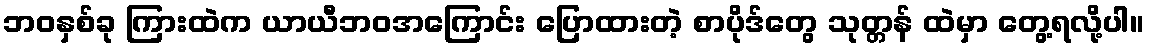
ဘဝနှစ်ခု ကြားထဲက ယာယီဘဝအကြောင်း ပြောထားတဲ့ စာပိုဒ်တွေ သုတ္တန် ထဲမှာ တွေ့ရလို့ပါ။